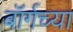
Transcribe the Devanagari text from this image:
बॉर्गच्या